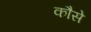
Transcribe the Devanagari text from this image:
कौसे